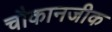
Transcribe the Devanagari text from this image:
चौकानजीक